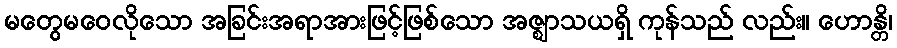
မတွေမဝေလိုသော အခြင်းအရာအားဖြင့်ဖြစ်သော အဇ္ဈာသယရှိ ကုန်သည် လည်း။ ဟောန္တိ၊